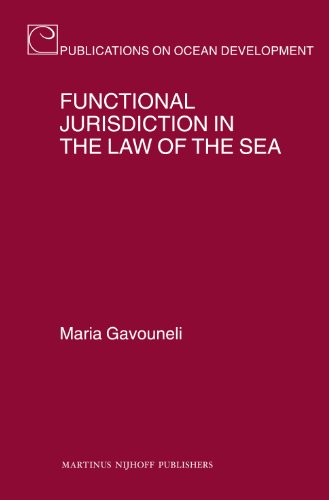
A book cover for Functional Jurisdiction in the Law of the Sea (Publications on Ocean Development); Maria Gavouneli; Law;